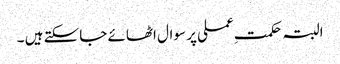
البتہ حکمتِ عملی پر سوال اٹھائے جاسکتے ہیں ۔